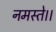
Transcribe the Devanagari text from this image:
नमस्ते।।